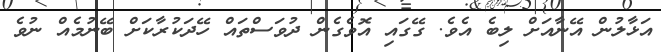
އަޅާލުން އޭނާއަށް ލިބެ އެވެ. ގޭގައި އޮވެގެން ދުވަސްތައް ހޭދަކުރާކަށް ބޭނުމެއް ނުވެ